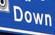
down